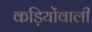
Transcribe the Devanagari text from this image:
कड़ियोंवाली